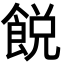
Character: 䬽